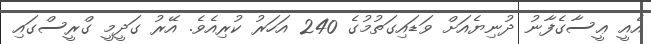
އެއީ ޢީސާގެފާނު ދުނިޔެއަށް ވަޑައިގަތުމުގެ 240 އަހަރު ކުރިއެވެ. އޭރު ގަދީމީ ގްރީސްގައި